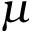
\mu